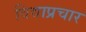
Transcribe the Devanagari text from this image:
विद्याप्रचार